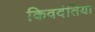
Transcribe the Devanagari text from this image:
किवदंतिया